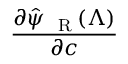
\frac { \partial \hat { \psi } _ { \mathrm { ~ \tiny ~ R ~ } } ( \Lambda ) } { \partial { c } }